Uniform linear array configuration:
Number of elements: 4
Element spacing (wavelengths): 0.5
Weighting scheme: hamming
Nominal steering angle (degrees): -30
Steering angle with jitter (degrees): -30.566
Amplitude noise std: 0.05
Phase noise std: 0.05

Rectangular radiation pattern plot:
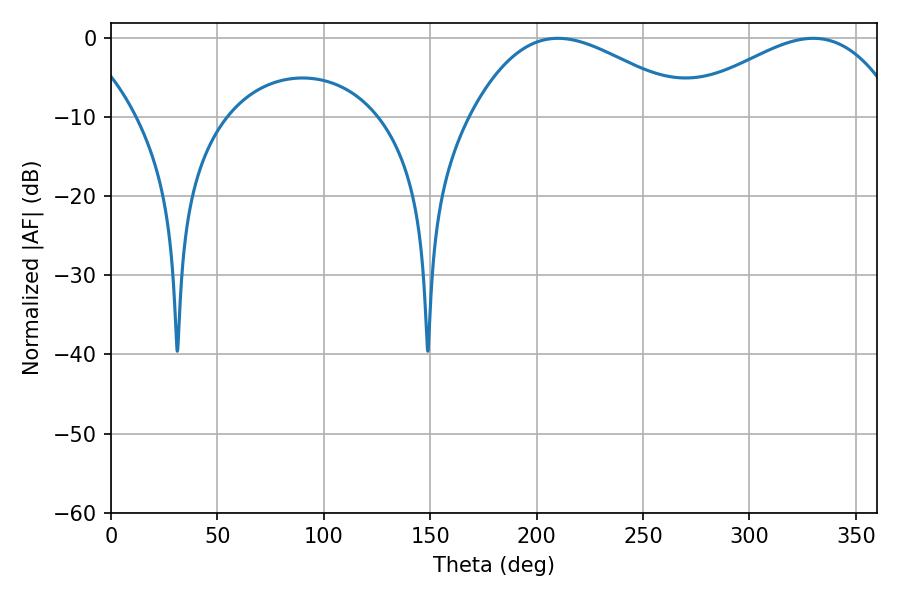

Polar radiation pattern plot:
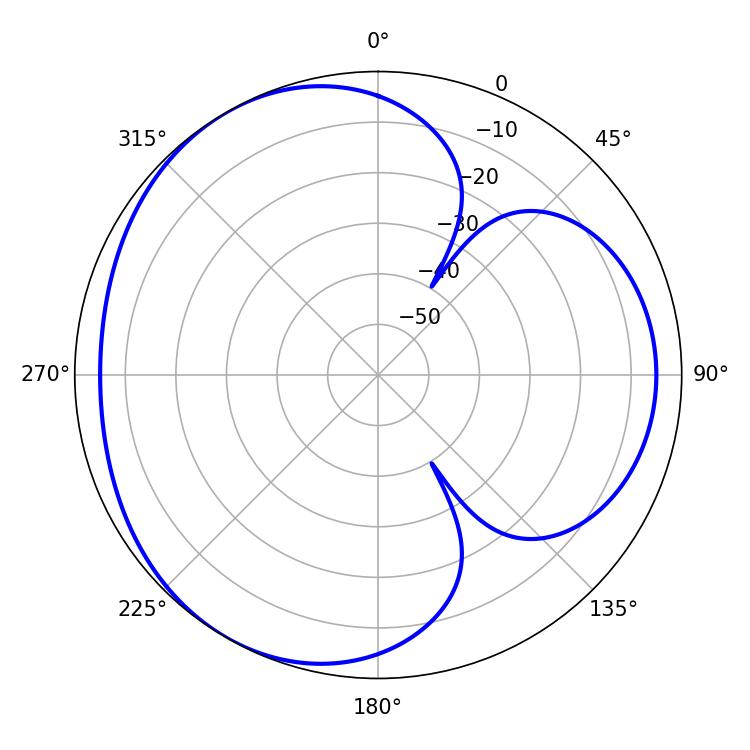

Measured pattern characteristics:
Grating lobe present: FALSE
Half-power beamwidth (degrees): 56.7
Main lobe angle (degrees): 210.06